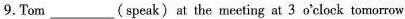
9.Tom___(speak) at the meeting at 3 o'clock tomorrow